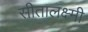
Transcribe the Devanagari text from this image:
सीतालक्ष्मी